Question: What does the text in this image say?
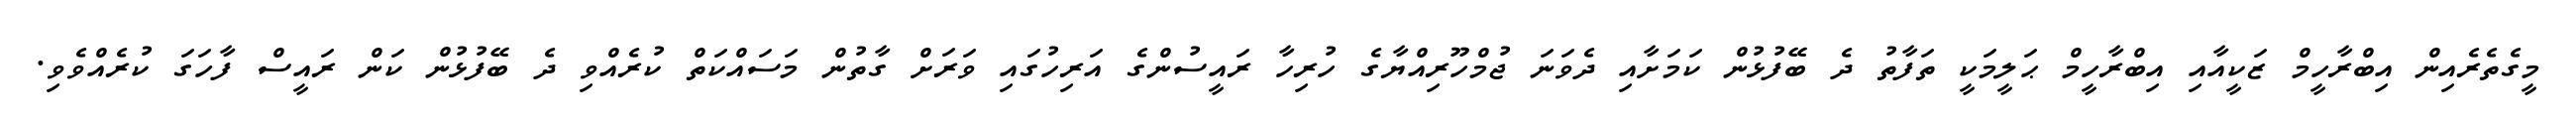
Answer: މީގެތެރެއިން އިބްރާހީމް ޒަކީއާއި އިބްރާހީމް ޙަލީމަކީ ތަފާތު ދެ ބޭފުޅުން ކަމަށާއި ދެވަނަ ޖުމްހޫރިއްޔާގެ ހުރިހާ ރައީސުންގެ އަރިހުގައި ވަރަށް ގާތުން މަސައްކަތް ކުރެއްވި ދެ ބޭފުޅުން ކަން ރައީސް ފާހަގަ ކުރެއްވެވި.